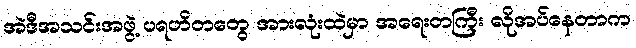
အဲဒီအသင်းအဖွဲ့ ပရဟိတတွေ အားလုံးထဲမှာ အရေးတကြီး လိုအပ်နေတာက